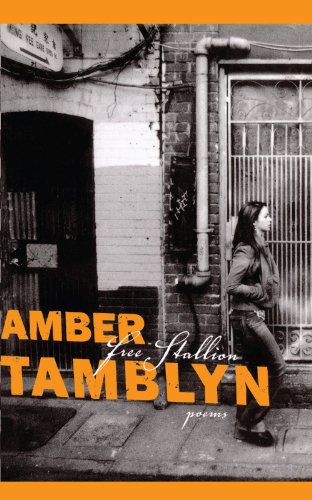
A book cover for Free Stallion: Poems; Amber Tamblyn; Teen & Young Adult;